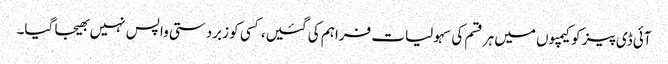
آئی ڈی پیز کو کیمپوں میں ہر قسم کی سہولیات فراہم کی گئیں، کسی کو زبردستی واپس نہیں بھیجا گیا۔